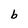
Character: b